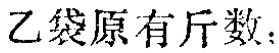
乙袋原有斤数：